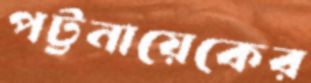
পট্টনায়েকের